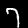
Label: 7